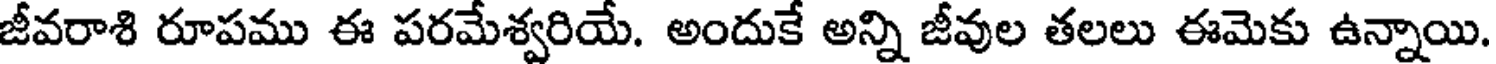
జీవరాశి రూపము ఈ పరమేశ్వరియే. అందుకే అన్ని జీవుల తలలు ఈమెకు ఉన్నాయి